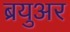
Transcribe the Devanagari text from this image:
ब्रयुअर